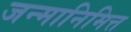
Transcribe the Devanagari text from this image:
जन्मानिमित्त